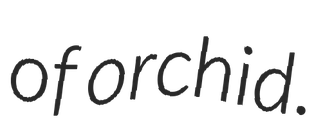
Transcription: of orchid.